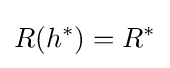
R(h^{*})=R^{*}